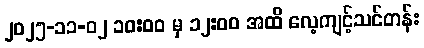
၂၀၂၅-၁၁-၀၂ ၁၀:၀၀ မှ ၁၂:၀၀ အထိ လေ့ကျင့်သင်တန်း